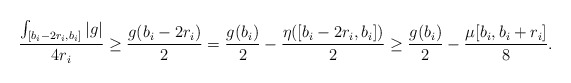
\begin{align*}\frac{\int_{[b_i-2r_i,b_i]}|g|}{4r_i}\ge \frac{g(b_i-2r_i)}{2}=\frac{g(b_i)}{2}-\frac{\eta([b_i-2r_i,b_i])}{2}\ge \frac{g(b_i)}{2} - \frac{\mu[b_i,b_i+r_i]}{8} .\end{align*}